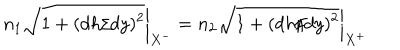
n _ { 1 } \left. \sqrt { 1 + ( d h / d y ) ^ { 2 } } \right| _ { X ^ { - } } = n _ { 2 } \left. \sqrt { 1 + ( d h / d y ) ^ { 2 } } \right| _ { X ^ { + } }